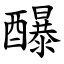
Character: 䤖